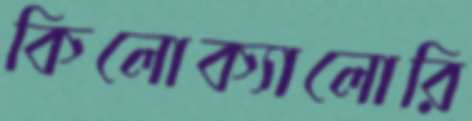
কিলোক্যালোরি